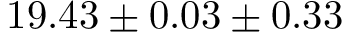
{ 1 9 . 4 3 \pm 0 . 0 3 \pm 0 . 3 3 }